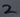
Text: 2